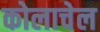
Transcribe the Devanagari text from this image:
कोलाचेल